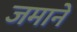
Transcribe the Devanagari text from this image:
जमानें